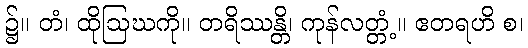
၌။ တံ၊ ထိုဩဃကို။ တရိဿန္တိ၊ ကုန်လတ္တံ့။ ဧတရဟိ စ၊